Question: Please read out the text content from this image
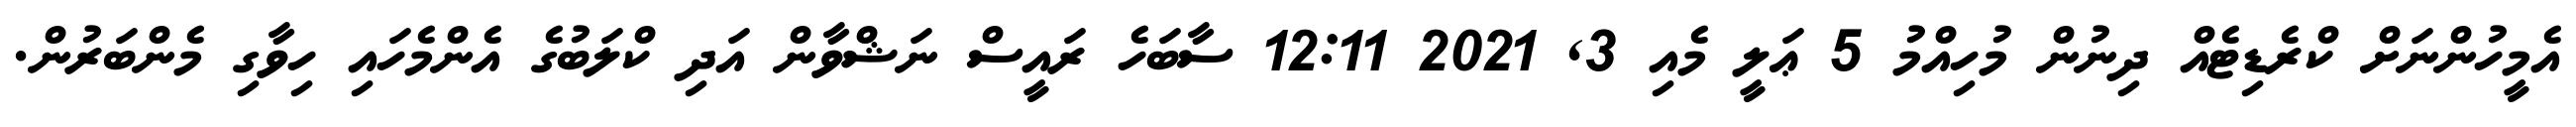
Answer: އެމީހުންނަށް ކްރެޑިޓެއް ދިނުން މުހިއްމު 5 ޢަލީ މެއި 3, 2021 12:11 ސާބަހެ ރައީސް ނަޝްވާން އަދި ކްލަބުގެ އެންމެހައި ހިވާގި މެންބަރުން.